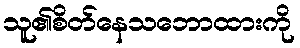
သူ၏စိတ်နေသဘောထားကို